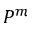
P ^ { m }